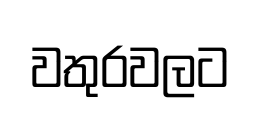
වතුරවලට